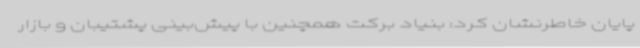
پایان خاطرنشان کرد: بنیاد برکت همچنین با پیش‌بینی پشتیبان و بازار